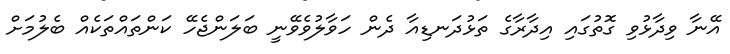
އޭނާ ވިދާޅުވި ގޮތުގައި އިދާރާގެ ތަޅުދަނޑިއާ ދެން ހަވާލުވެވޭނީ ބަލަންޖެހޭ ކަންތައްތަކެއް ބެލުމަށް